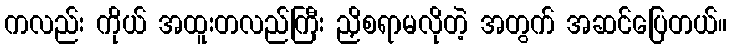
ကလည်း ကိုယ် အထူးတလည်ကြီး ညှိစရာမလိုတဲ့ အတွက် အဆင်ပြေတယ်။